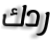
ردك